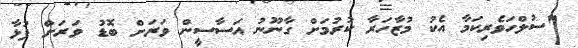
"ސުލްހަވެރިކަމާ އެކު މުޒާހަރާ ކުރުމަށް ގާނޫނު އަސާސީން ވަރަށް ބޮޑު ވަރަށް ފުޅާ